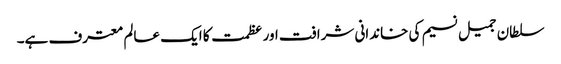
سلطان جمیل نسیم کی خاندانی شرافت اور عظمت کا ایک عالم معترف ہے۔